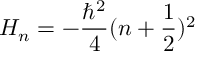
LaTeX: H _ { n } = - \frac { \hbar ^ { 2 } } { 4 } ( n + \frac { 1 } { 2 } ) ^ { 2 }